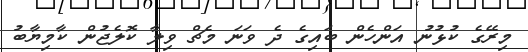
މިރޭގެ ކުޅުނު އަންހެން ބައިގެ ދެ ވަނަ މެޗް ވިލާ ކޮލެޖުން ކާމިޔާބު